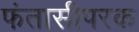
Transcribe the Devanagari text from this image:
फंतासीपरक